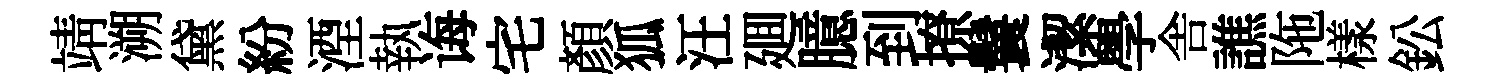
靖溯黛紛湮執诲宅顏狐汪廽臆到撩鬟潔學舎譙陁樣鈆